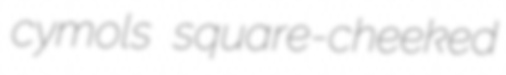
cymols square-cheeked